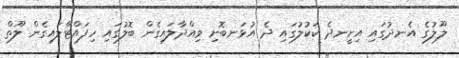
ލޫލުގެ އެނދުގައި އިށީނދެ ކަކުލުގައި ދެ އުޅަނބޮށި ވިއްދާލައިގެން ބޮލުގައި ހިފައްޓާލައިގެން ލޫތް